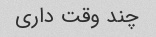
چند وقت داری